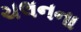
ચલનના